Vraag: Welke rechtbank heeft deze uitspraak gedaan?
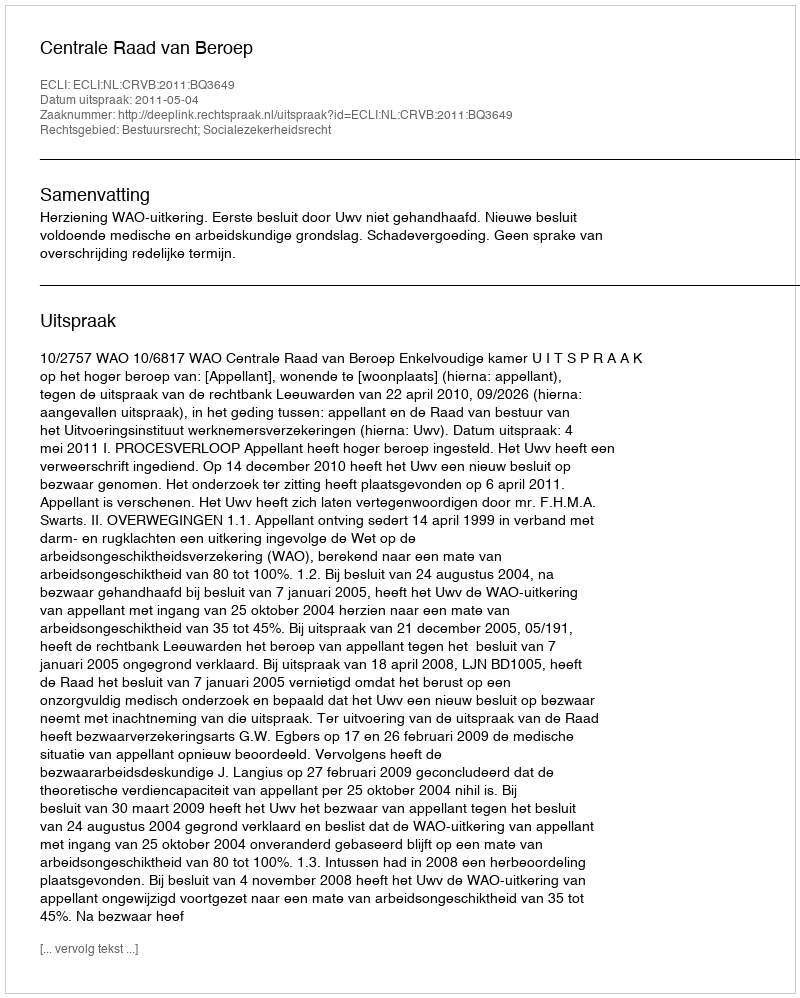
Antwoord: Centrale Raad van Beroep